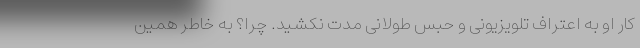
کار او به اعتراف تلویزیونی و حبس طولانی مدت نکشید. چرا؟ به خاطر همین